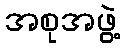
အစုအဖွဲ့